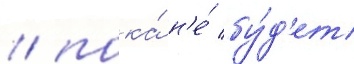
/ пока́ н'е́ бу́д'ет